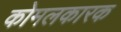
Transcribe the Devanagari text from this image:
कोमलकारक